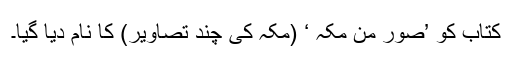
کتاب کو ’صور من مکہ ‘ (مکہ کی چند تصاویر) کا نام دیا گیا۔